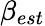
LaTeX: \beta_{est}